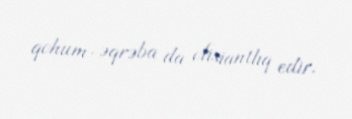
qohum-əqrəba da ofisiantlıq edir.